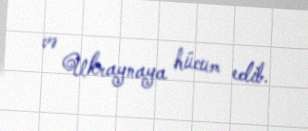
və Ukraynaya hücum edib.